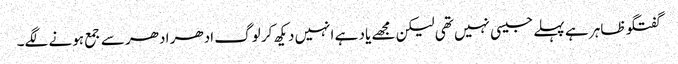
گفتگو ظاہر ہے پہلے جیسی نہیں تھی لیکن مجھے یاد ہے انہیں دیکھ کر لوگ ادھر ادھر سے جمع ہونے لگے۔